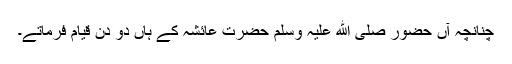
چنانچہ آں حضور صلی ﷲ علیہ وسلم حضرت عائشہ کے ہاں دو دن قیام فرماتے۔